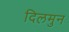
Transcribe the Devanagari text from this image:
दिलमुन